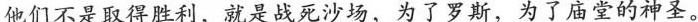
他们不是取得胜利，就是战死沙场，为了罗斯，为了庙堂的神圣。